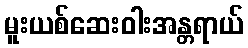
မူးယစ်ဆေးဝါးအန္တရာယ်